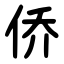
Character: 侨